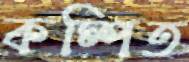
কম্পিত